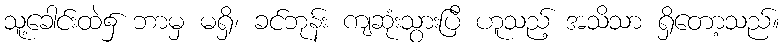
သူ့ခေါင်းထဲ၌ ဘာမှ မရှိ၊ ခင်ဘုန်း ကျဆုံးသွားပြီ ဟူသည့် အသိသာ ရှိတော့သည်။